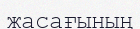
жасағының